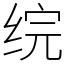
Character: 𬘫